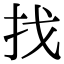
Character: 找